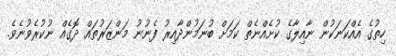
ހިތުގެ އެއްކަނަކުން ނާއިލާގެ ކުށެއްނެތް ކަމަށް ބުނަމުންދާއިރު ފެނުނު މަންޒަރުތައް ދޮގެއް ނުކުރެވުނެވެ.